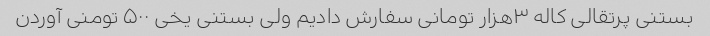
بستنی پرتقالی کاله ۳هزار تومانی سفارش دادیم ولی بستنی یخی ۵۰۰ تومنی آوردن